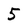
Character: 5